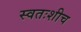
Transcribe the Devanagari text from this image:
स्वतःशीच